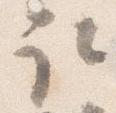
取